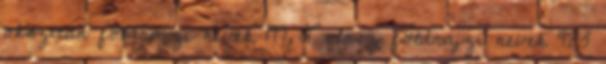
okszitán földrajzi nevek‎ 177 L olasz földrajzi nevek‎ 483